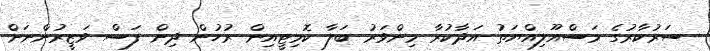
ސަރުކާރުގެ މަސްއޫލިއްޔަތު އަދާކުރާ މިންވަރު ބަލާ ކޮމިޓީއިން ރުހުން ދިން ފަސް ވަޒީރުންނަށް